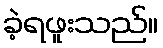
ခဲ့ရဖူးသည်။